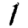
Digit: 1